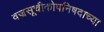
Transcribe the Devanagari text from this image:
वज्रसूचीकोपनिषदाच्या